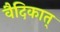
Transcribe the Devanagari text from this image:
वैदिकात्